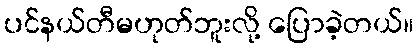
ပင်နယ်တီမဟုတ်ဘူးလို့ ပြောခဲ့တယ်။